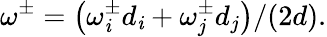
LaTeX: \omega^{\pm}=\left(\omega_{\mathit{i}}^{\pm}d_{\mathit{i}}+\omega_{j}^{\pm}d_{j}\right)/(2d).